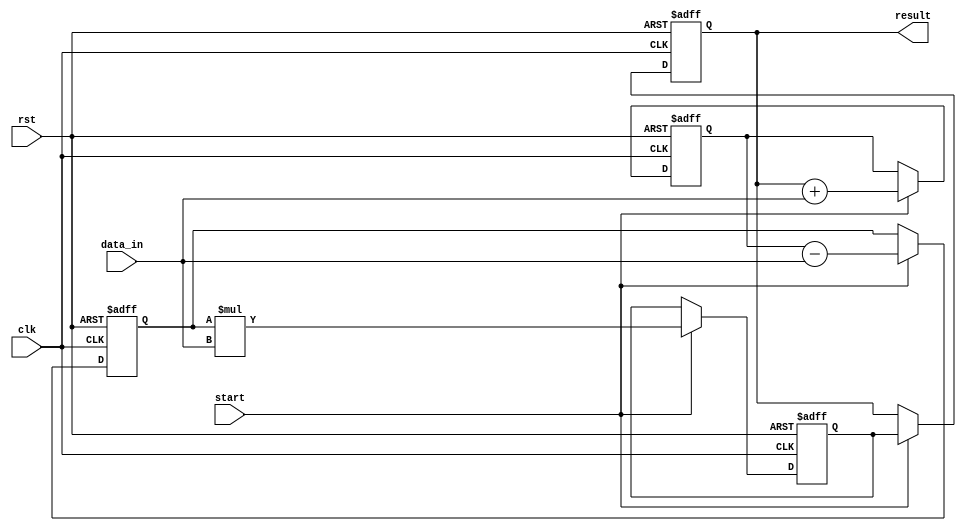
module PipelineAccumulator (
    input wire clk,
    input wire rst,

    input wire [31:0] data_in,
    input wire start,
    
    output wire [31:0] result
);

reg [31:0] accumulator;
reg [31:0] stage1_out;
reg [31:0] stage2_out;
reg [31:0] stage3_out;

always @(posedge clk or posedge rst) begin
    if (rst) begin
        accumulator <= 32'b0;
        stage1_out <= 32'b0;
        stage2_out <= 32'b0;
        stage3_out <= 32'b0;
    end else begin
        if (start) begin
            // Stage 1: Addition
            stage1_out <= accumulator + data_in;
            // Stage 2: Subtraction
            stage2_out <= stage1_out - data_in;
            // Stage 3: Multiplication
            stage3_out <= stage2_out * data_in;
            accumulator <= stage3_out;
        end
    end
end

assign result = accumulator;

endmodule